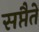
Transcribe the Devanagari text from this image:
सप्तैते